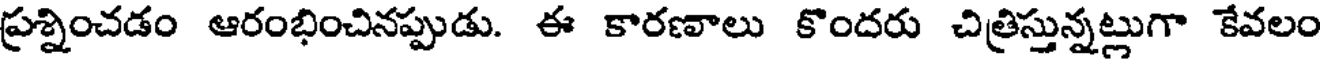
ప్రశ్నించడం ఆరంభించినప్పుడు. ఈ కారణాలు కొందరు చిత్రిస్తున్నట్లుగా కేవలం